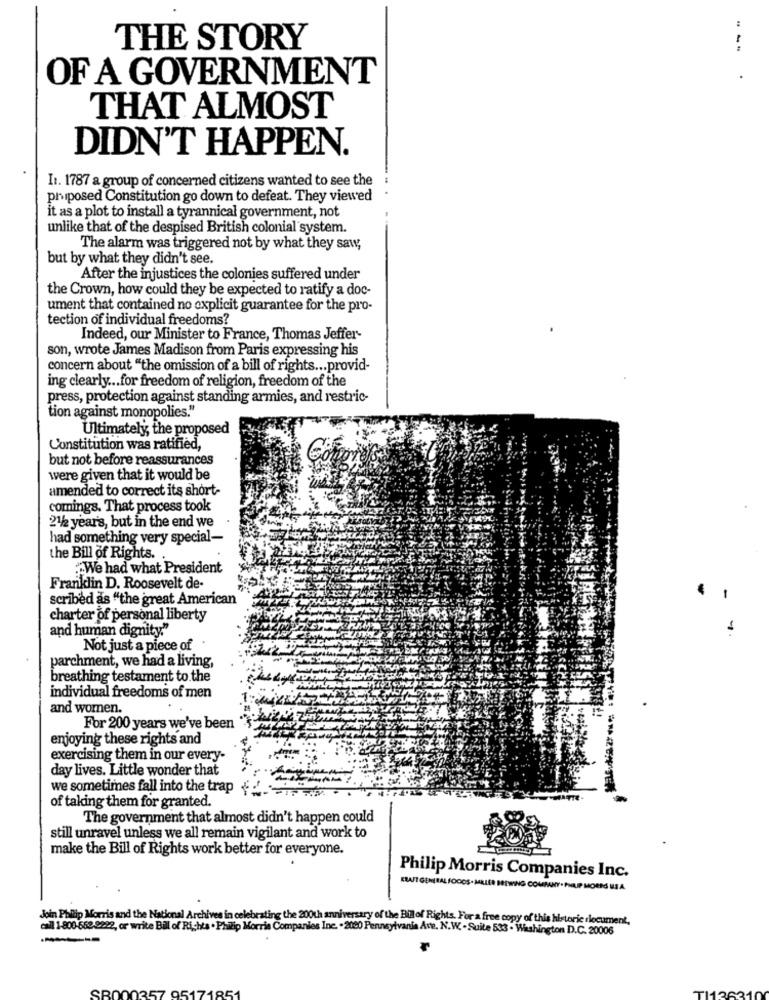
THE STORY
.--
OF A GOVERNMENT
THAT ALMOST
DIDN'T HAPPEN.
I1. 1787 a group of concerned citizens wanted to see the
phiposed Constitution go down to defeat. They viewed
it as a plot to install a tyrannical government, not
unlike that of the despised British colonial system.
The alarm was triggered not by what they saw,
but by what they didn't see.
After the injustices the colonies suffered under
the Crown, how could they be expected to ratify a doc-
ument that contained no explicit guarantee for the pro-
tection of individual freedoms?
Indeed, our Minister to France, Thomas Jeffer-
son, wrote James Madison from Paris expressing his
concern about "the omission of a bill of rights ... provid-
ing clearly ... for freedom of religion, freedom of the
press, protection against standing armies, and restric-
tion against monopolies."
Ultimately, the proposed
Constitution was ratified,
but not before reassurances
were given that it would be
amended to correct its short-
comings. That process took
21/2 year's, but in the end we
had something very special-
the Bill of Rights.
.We had what President
-
Franklin D. Roosevelt de-
scribed as "the great American
charter of personal liberty
and human dignity."
Not just a piece of
parchment, we had a living,
breathing testament to the
individual freedoms of men
and women.
For 200 years we've been
enjoying these rights and
exercising them in our every-
day lives. Little wonder that
we sometimes fall into the trap +
of taking them for granted.
The government that almost didn't happen could
still unravel unless we all remain vigilant and work to
make the Bill of Rights work better for everyone.
Philip Morris Companies Inc.
KRAFT GENERALFOCOS.MILLER BREWING COMPANY . PHUP MOERS IS A.
Join Philip Morris and the National Archives in celebrating the 200th anniversary of the Billof Rights. For a free copy of this historic document,
call 1-800-662.9222, or write Bill of Rights . Philip Morris Companies Ine. - 2000 Pennsylvania Ave. N.W. - Suite 533 - Washington D.C. 20006
SBO